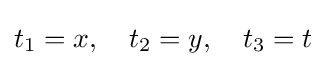
t_{1}=x,\quad t_{2}=y,\quad t_{3}=t